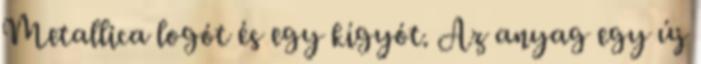
Metallica logót és egy kígyót. Az anyag egy új